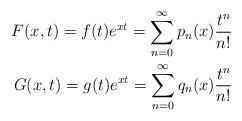
LaTeX: \begin{align*}F(x,t)= f(t)e^{xt}=\sum_{n=0}^{\infty}p_n(x)\frac{t^n}{n!} \\G(x,t)=g(t)e^{xt}=\sum_{n=0}^{\infty}q_n(x)\frac{t^n}{n!} \end{align*}